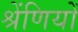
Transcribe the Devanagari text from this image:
श्रेंणियों